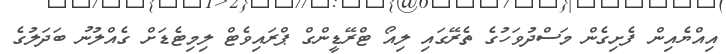
އިއްޔެއިން ފެށިގެން މަސްދުވަހުގެ ތެރޭގައި ލިއޯ ޓްރޭޑީންގް ޕްރައިވެޓް ލިމިޓެޑަށް ގެއްލުނު ބަދަލުގެ